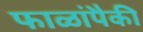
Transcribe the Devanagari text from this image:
फाळांपैकी